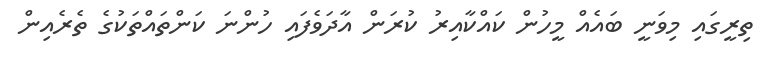
ތިރީގައި މިވަނީ ބައެއް މީހުން ކައްކާއިރު ކުރަން އާދަވެފައި ހުންނަ ކަންތައްތަކުގެ ތެރެއިން